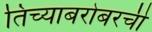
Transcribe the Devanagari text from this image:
तिच्याबरोबरची